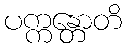
ပက္ကန္တောတိ